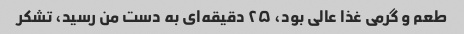
طعم و گرمی غذا عالی بود، ۲۵ دقیقه‌ای به دست من رسید، تشکر